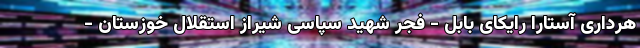
هرداری آستارا رایکای بابل - فجر شهید سپاسی شیراز استقلال خوزستان -